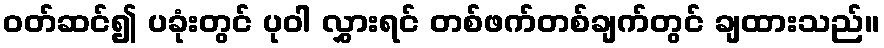
ဝတ်ဆင်၍ ပခုံးတွင် ပုဝါ လွှားရင် တစ်ဖက်တစ်ချက်တွင် ချထားသည်။